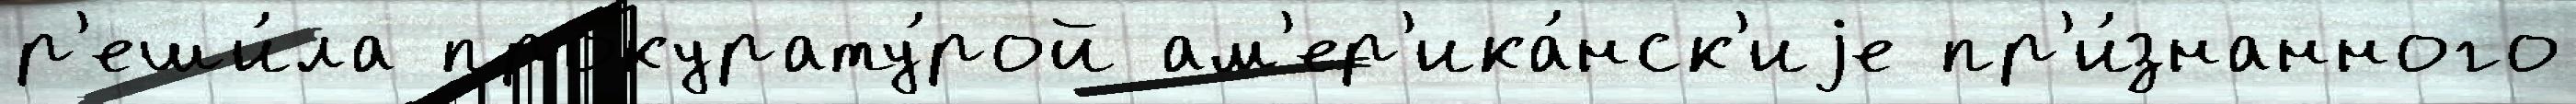
р'еши́ла прокурату́рой ам'ер'ика́нск'иjе пр'и́знанного